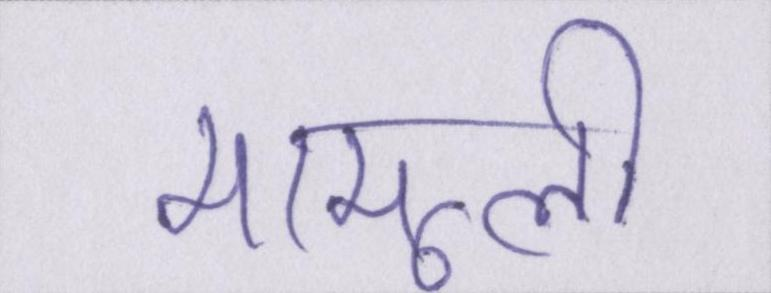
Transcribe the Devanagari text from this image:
मामूली